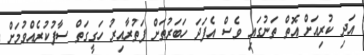
އަދި ކުރިއަށް އޮތް ތަނުގައި ވެސް އެފަދަ ހަބަރުތަށް ފަތުރާއިރު ހަގީގަތް ސާފުކުރެއްވުމަށް